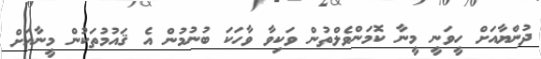
ދުންޔާއަށް ހީވަނީ މީނާ ކޮމަންވެލްތުން ވަކިވާ ވާހަކަ ބުނުމުން އެ ޤައުމުތަކުން މީނާއަށް